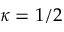
\kappa = 1 / 2